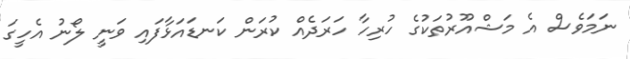
ނަމަވެސް އެ މަޝްއޫރުތަކުގެ ހުރިހާ ހަރަދެއް ކުރަން ކަނޑައަޅާފައި ވަނީ ލޯނު އެހީގަ